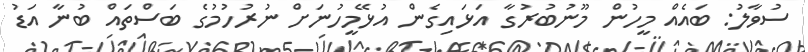
ސުވާލު: ބައެއް މީހުން މޫނުބުރުގާ އަޅައިގެން އުޅޭމީހުނަށް ނުރުހުމުގެ ބަސްތައް ބުނާ އަޑު